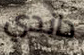
داندي